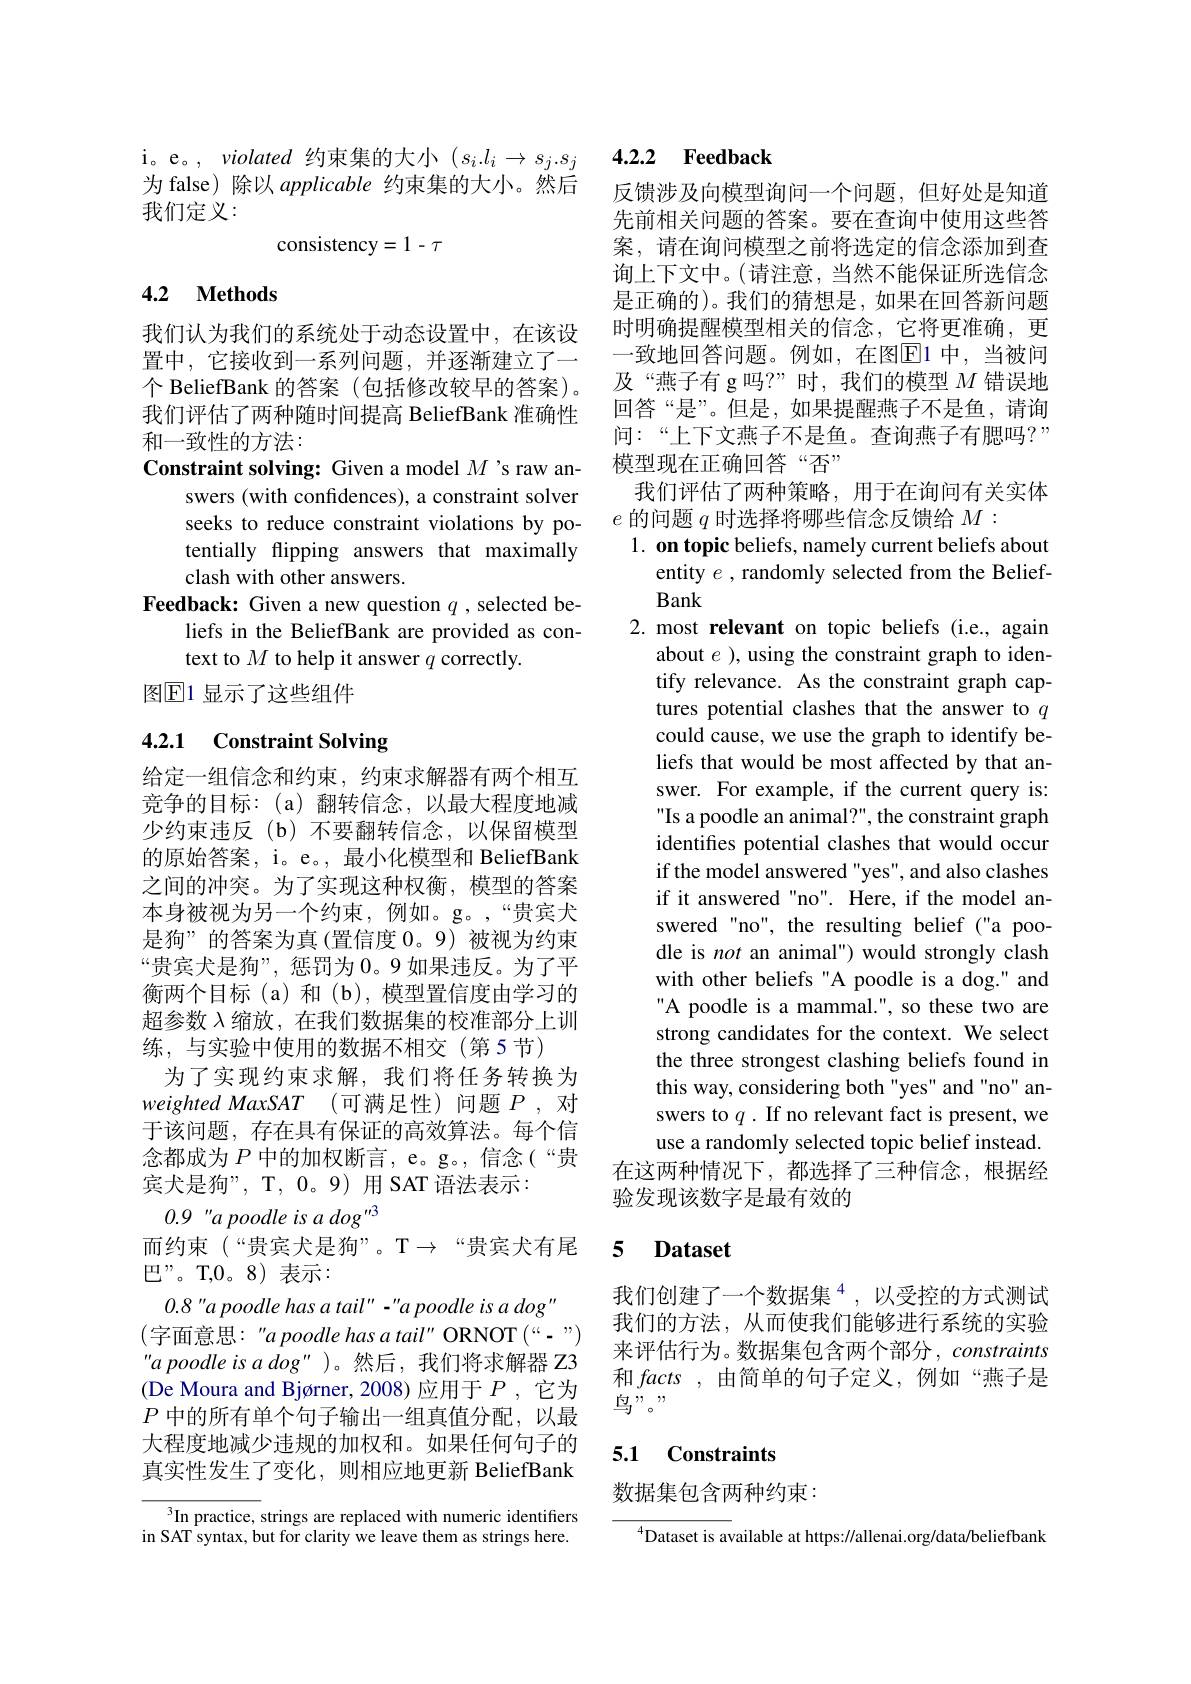
i。e。, violated 约束集的大小$(s_i.l_i\to s_j.s_j$ 为 false) 除以 applicable 约束集的大小。然后我们定义：
$$consistency=1-\tau $$
## 4.2 Methods

我们认为我们的系统处于动态设置中，在该设置中，它接收到一系列问题，并逐渐建立了一个 BeliefBank 的答案 (包括修改较早的答案)。我们评估了两种随时间提高 BeliefBank 准确性和一致性的方法：
Constraint solving: Given a model $M$ 's raw an-
swers (with confidences), a constraint solver seeks to reduce constraint violations bypotentially flipping answers that maximally clash with other answers.
Feedback: Given a new question $q$, selected be-
liefs in the BeliefBank are provided as con-
text to $M$ to help it answer $q$ correctly.
图$\mathbb{E}$1 显示了这些组件

# 4.2.1 Constraint Solving

给定一组信念和约束，约束求解器有两个相互竞争的目标：(a)翻转信念，以最大程度地减少约束违反(b)不要翻转信念，以保留模型的原始答案，i。e。, 最小化模型和 BeliefBank 之间的冲突。为了实现这种权衡，模型的答案本身被视为另一个约束，例如。g。,“贵宾犬是狗”的答案为真(置信度 0。9)被视为约束“贵宾犬是狗”, 惩罚为0。9 如果违反。为了平衡两个目标(a)和(b),模型置信度由学习的超参数$\lambda$缩放，在我们数据集的校准部分上训练，与实验中使用的数据不相交(第5节)
为了实现约束求解，我们将任务转换为weighted MaxSAT (可满足性)问题$P$,对于该问题，存在具有保证的高效算法。每个信念都成为$P$中的加权断言，e。g。,信念(“贵宾犬是狗”, T, 0。9) 用 SAT 语法表示：
0.9 "a poodle is a dog "3
而约束(“贵宾犬是狗”。T→“贵宾犬有尾
巴”。T,0。8)表示：
0.8 "a poodle has a tail" - "a poodle is a dog"
(字面意思："a poodle has a tail" ORNOT(“-”) "a poodle is a dog" )。然后，我们将求解器 Z3 (De Moura and Bjørner, 2008) 应用于$P$ ,它为$P$中的所有单个句子输出一组真值分配，以最大程度地减少违规的加权和。如果任何句子的真实性发生了变化，则相应地更新 BeliefBank $^3$In practice, strings are replaced with numeric identifiers

in SAT syntax, but for clarity we leave them as strings here.

## 4.2.2 Feedback

反馈涉及向模型询问一个问题，但好处是知道先前相关问题的答案。要在查询中使用这些答案，请在询问模型之前将选定的信念添加到查询上下文中。(请注意，当然不能保证所选信念是正确的)。我们的猜想是，如果在回答新问题时明确提醒模型相关的信念，它将更准确，更一致地回答问题。例如，在图$\overline{\mathrm{E}}$1 中，当被问及“燕子有 g 吗？”时，我们的模型$M$错误地回答“是”。但是，如果提醒燕子不是鱼，请询间：“上下文燕子不是鱼。查询燕子有腮吗？” 模型现在正确回答“否”
我们评估了两种策略，用于在询问有关实体
$e$的问题$q$时选择将哪些信念反馈给$M:$
1. on topic beliefs, namely current beliefs about
entity $e$ , randomly selected from the Belief-
Bank
2. most relevant on topic beliefs (i.e., again
about $e$ ), using the constraint graph to identify relevance. As the constraint graph captures potential clashes that the answer to $q$ could cause, we use the graph to identify beliefs that would be most affected by that answer. For example, if the current query is: Is a poodle an animal?", the constraint graph identifes potential clashes that would occur if the model answered "yes", and also clashes if it answered "no". Here, if the model answered "no", the resulting belief ("a poodle is not an animal") would strongly clash with other beliefs "A poodle is a dog." and A poodle is a mammal.", so these two are strong candidates for the context. We select the three strongest clashing beliefs found in this way, considering both "yes" and "no" answers to $q.$ If no relevant fact is present, we use a randomly selected topic belief instead.
在这两种情况下，都选择了三种信念，根据经
验发现该数字是最有效的

### 5 $\mathbf{Datase}$

我们创建了一个数据集$^{4}$,以受控的方式测试我们的方法，从而使我们能够进行系统的实验来评估行为。数据集包含两个部分，constraints 和$facts$,由简单的句子定义，例如“燕子是$\underline{\text{鸟}}_{\mathrm{J}},,$,

### 5.1 Constraints

数据集包含两种约束：

$^{4}$Dataset is available at https://allenai.org/data/beliefbank